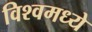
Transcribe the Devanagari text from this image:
विश्वमध्ये